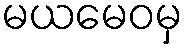
မယမေဝမှ